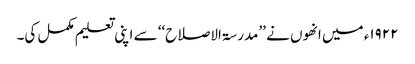
۱۹۲۲ء میں انھوں نے ’’مدرسۃ الاصلاح‘‘ سے اپنی تعلیم مکمل کی۔